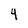
Character: 4